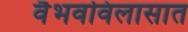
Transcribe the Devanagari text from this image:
वैभवविलासात